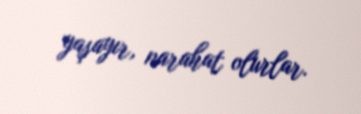
yaşayır, narahat olurlar.